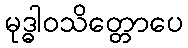
မုဒ္ဓါဝသိတ္တောပေ